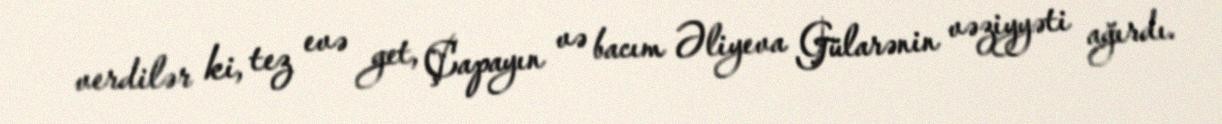
verdilər ki, tez evə get, Çapayın və bacım Əliyeva Gülarənin vəziyyəti ağırdı.